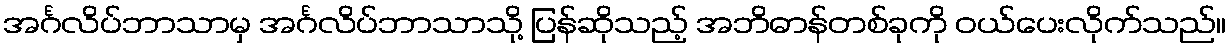
အင်္ဂလိပ်ဘာသာမှ အင်္ဂလိပ်ဘာသာသို့ ပြန်ဆိုသည့် အဘိဓာန်တစ်ခုကို ဝယ်ပေးလိုက်သည်။